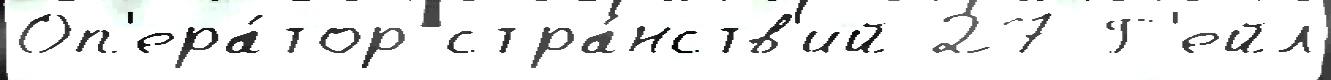
Оп'ера́тор стра́нств'ий 27 Г'ейл